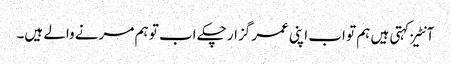
آنٹیز کہتی ہیں ہم تو اب اپنی عمر گزار چکے اب تو ہم مرنے والے ہیں۔